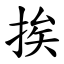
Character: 挨